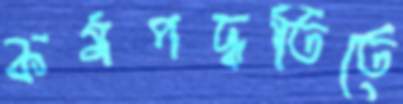
কর্মপদ্ধতিতে